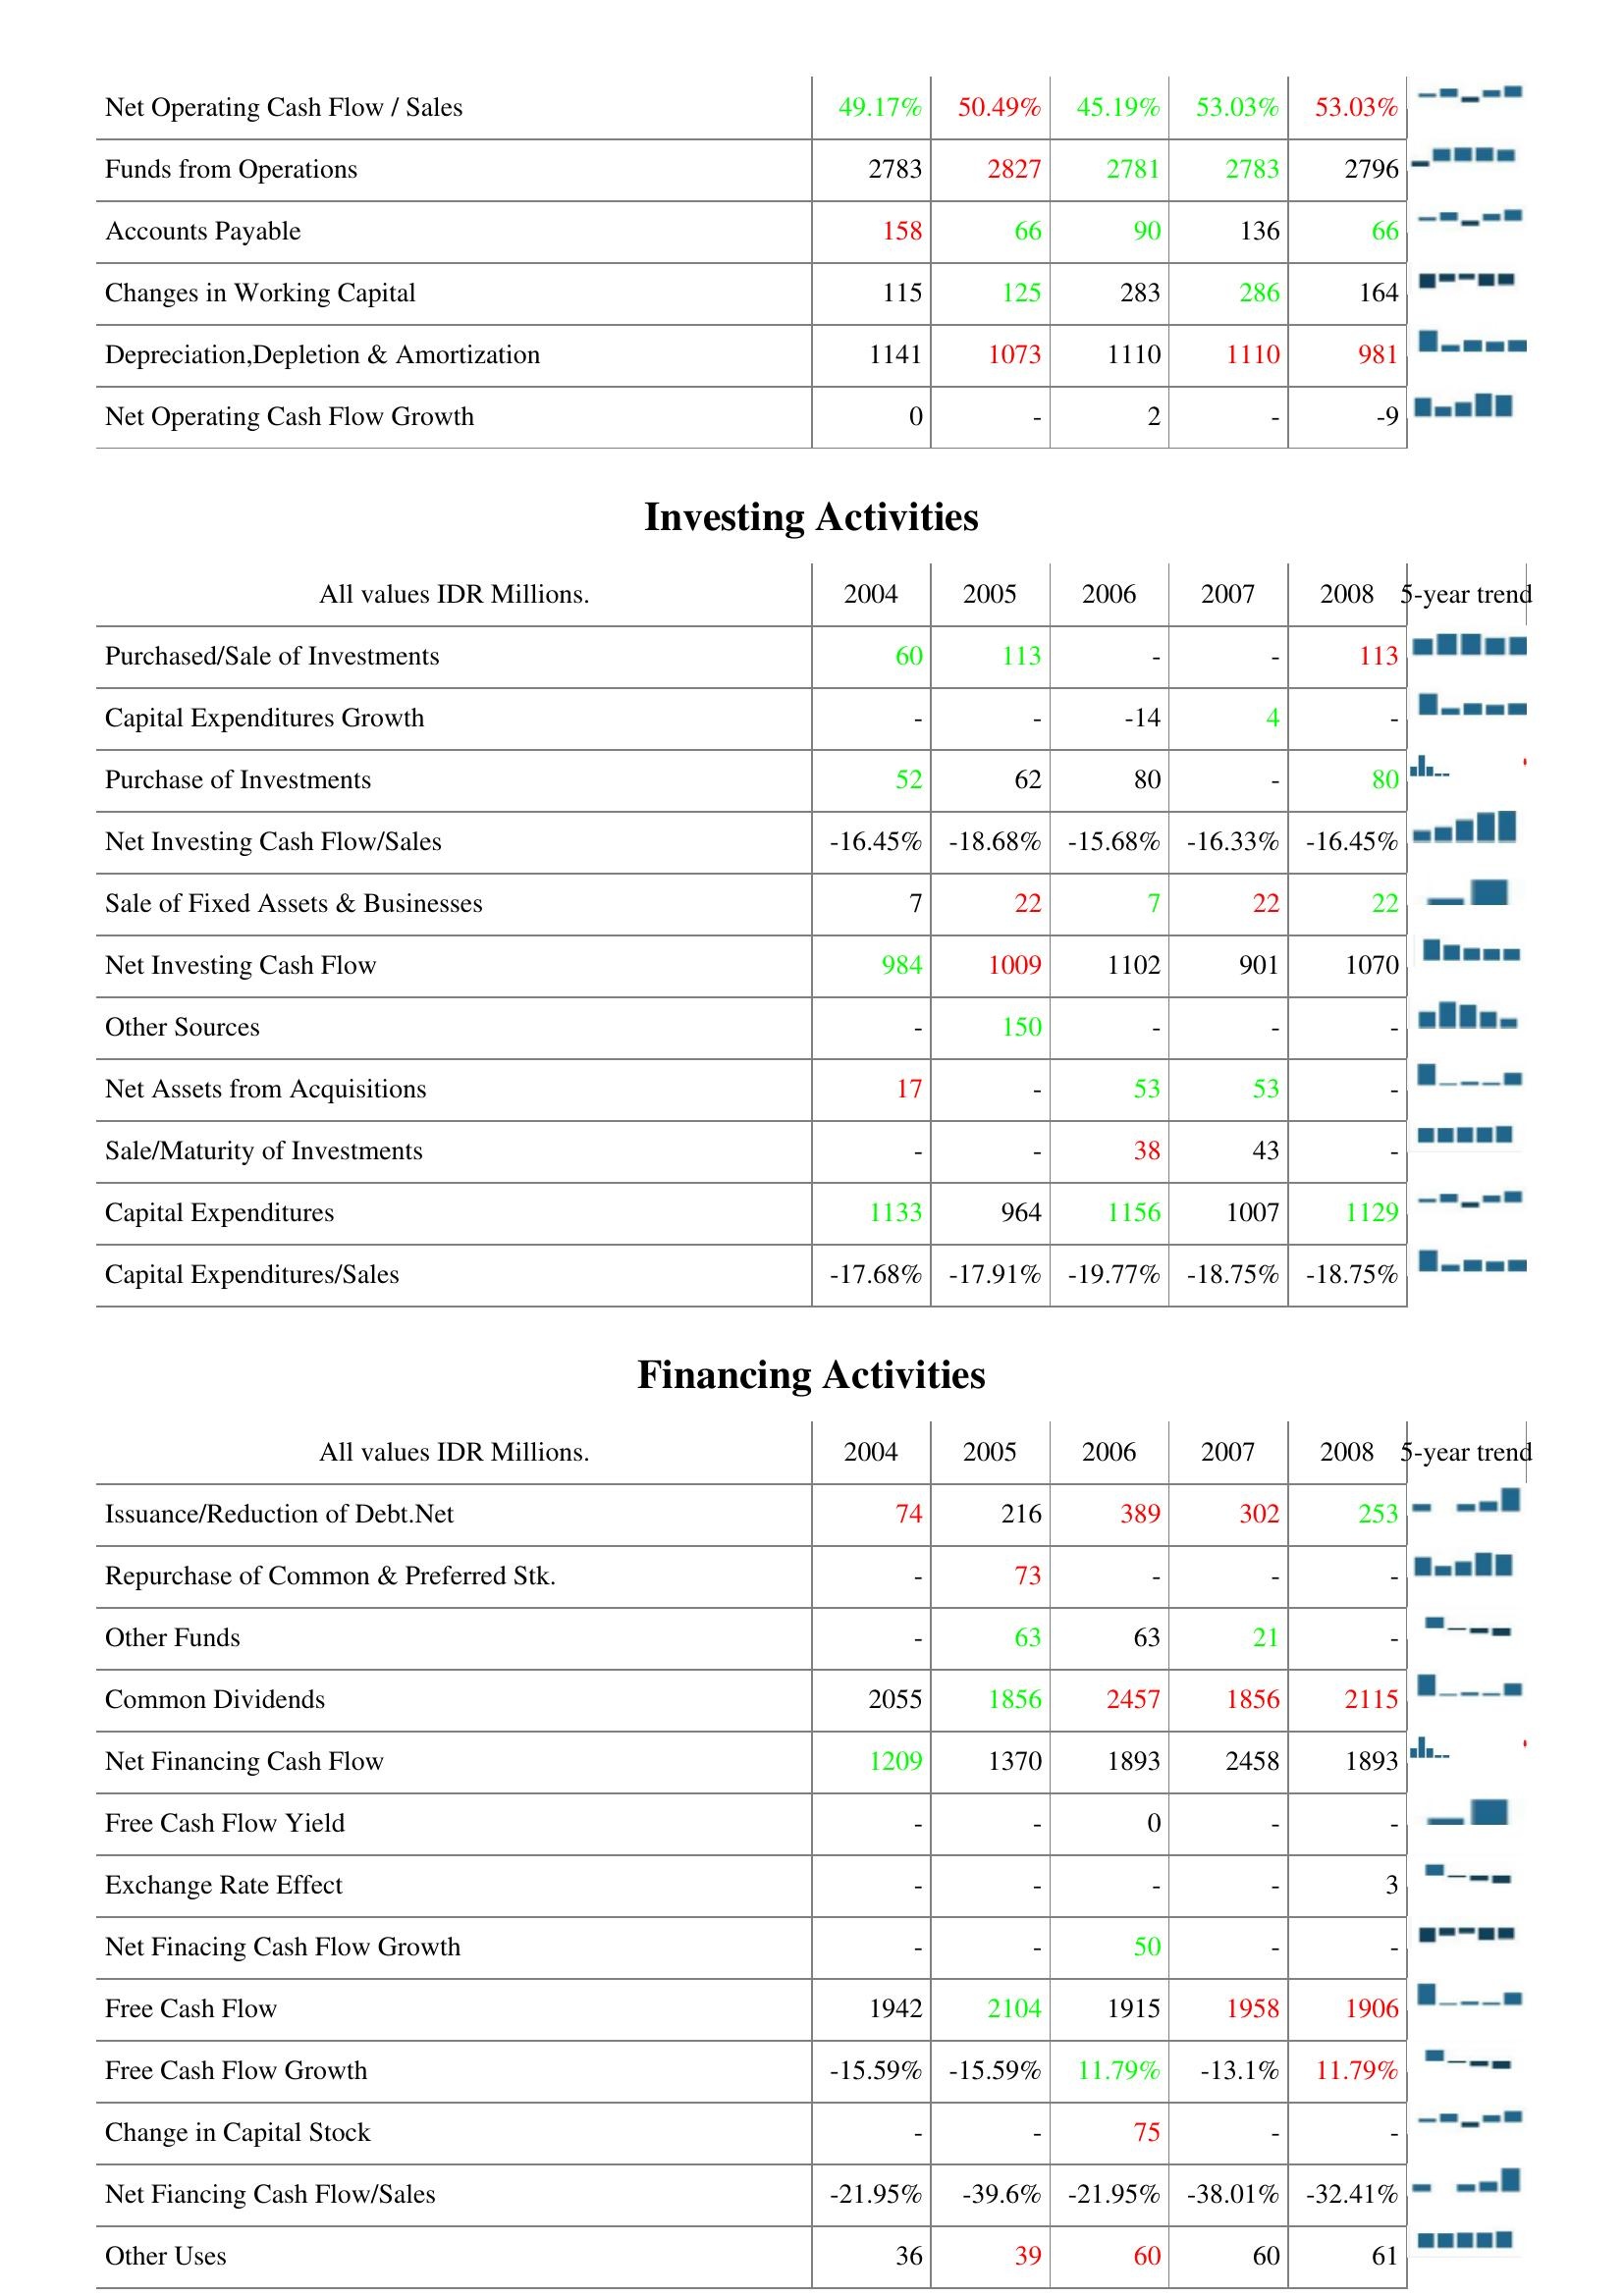
2004: Operating Activities: Net Operating Cash Flow / Sales: 49.17%
Funds from Operations: 2783
Accounts Payable: 158
Changes in Working Capital: 115
Depreciation,Depletion & Amortization: 1141
Net Operating Cash Flow Growth: 0
Investing Activities: Purchased/Sale of Investments: 60
Capital Expenditures Growth: -
Purchase of Investments: 52
Net Investing Cash Flow/Sales: -16.45%
Sale of Fixed Assets & Businesses: 7
Net Investing Cash Flow: 984
Other Sources: -
Net Assets from Acquisitions: 17
Sale/Maturity of Investments: -
Capital Expenditures: 1133
Capital Expenditures/Sales: -17.68%
Financing Activities: Issuance/Reduction of Debt.Net: 74
Repurchase of Common & Preferred Stk.: -
Other Funds: -
Common Dividends: 2055
Net Financing Cash Flow: 1209
Free Cash Flow Yield: -
Exchange Rate Effect: -
Net Finacing Cash Flow Growth: -
Free Cash Flow: 1942
Free Cash Flow Growth: -15.59%
Change in Capital Stock: -
Net Fiancing Cash Flow/Sales: -21.95%
Other Uses: 36
2005: Operating Activities: Net Operating Cash Flow / Sales: 50.49%
Funds from Operations: 2827
Accounts Payable: 66
Changes in Working Capital: 125
Depreciation,Depletion & Amortization: 1073
Net Operating Cash Flow Growth: -
Investing Activities: Purchased/Sale of Investments: 113
Capital Expenditures Growth: -
Purchase of Investments: 62
Net Investing Cash Flow/Sales: -18.68%
Sale of Fixed Assets & Businesses: 22
Net Investing Cash Flow: 1009
Other Sources: 150
Net Assets from Acquisitions: -
Sale/Maturity of Investments: -
Capital Expenditures: 964
Capital Expenditures/Sales: -17.91%
Financing Activities: Issuance/Reduction of Debt.Net: 216
Repurchase of Common & Preferred Stk.: 73
Other Funds: 63
Common Dividends: 1856
Net Financing Cash Flow: 1370
Free Cash Flow Yield: -
Exchange Rate Effect: -
Net Finacing Cash Flow Growth: -
Free Cash Flow: 2104
Free Cash Flow Growth: -15.59%
Change in Capital Stock: -
Net Fiancing Cash Flow/Sales: -39.6%
Other Uses: 39
2006: Operating Activities: Net Operating Cash Flow / Sales: 45.19%
Funds from Operations: 2781
Accounts Payable: 90
Changes in Working Capital: 283
Depreciation,Depletion & Amortization: 1110
Net Operating Cash Flow Growth: 2
Investing Activities: Purchased/Sale of Investments: -
Capital Expenditures Growth: -14
Purchase of Investments: 80
Net Investing Cash Flow/Sales: -15.68%
Sale of Fixed Assets & Businesses: 7
Net Investing Cash Flow: 1102
Other Sources: -
Net Assets from Acquisitions: 53
Sale/Maturity of Investments: 38
Capital Expenditures: 1156
Capital Expenditures/Sales: -19.77%
Financing Activities: Issuance/Reduction of Debt.Net: 389
Repurchase of Common & Preferred Stk.: -
Other Funds: 63
Common Dividends: 2457
Net Financing Cash Flow: 1893
Free Cash Flow Yield: 0
Exchange Rate Effect: -
Net Finacing Cash Flow Growth: 50
Free Cash Flow: 1915
Free Cash Flow Growth: 11.79%
Change in Capital Stock: 75
Net Fiancing Cash Flow/Sales: -21.95%
Other Uses: 60
2007: Operating Activities: Net Operating Cash Flow / Sales: 53.03%
Funds from Operations: 2783
Accounts Payable: 136
Changes in Working Capital: 286
Depreciation,Depletion & Amortization: 1110
Net Operating Cash Flow Growth: -
Investing Activities: Purchased/Sale of Investments: -
Capital Expenditures Growth: 4
Purchase of Investments: -
Net Investing Cash Flow/Sales: -16.33%
Sale of Fixed Assets & Businesses: 22
Net Investing Cash Flow: 901
Other Sources: -
Net Assets from Acquisitions: 53
Sale/Maturity of Investments: 43
Capital Expenditures: 1007
Capital Expenditures/Sales: -18.75%
Financing Activities: Issuance/Reduction of Debt.Net: 302
Repurchase of Common & Preferred Stk.: -
Other Funds: 21
Common Dividends: 1856
Net Financing Cash Flow: 2458
Free Cash Flow Yield: -
Exchange Rate Effect: -
Net Finacing Cash Flow Growth: -
Free Cash Flow: 1958
Free Cash Flow Growth: -13.1%
Change in Capital Stock: -
Net Fiancing Cash Flow/Sales: -38.01%
Other Uses: 60
2008: Operating Activities: Net Operating Cash Flow / Sales: 53.03%
Funds from Operations: 2796
Accounts Payable: 66
Changes in Working Capital: 164
Depreciation,Depletion & Amortization: 981
Net Operating Cash Flow Growth: -9
Investing Activities: Purchased/Sale of Investments: 113
Capital Expenditures Growth: -
Purchase of Investments: 80
Net Investing Cash Flow/Sales: -16.45%
Sale of Fixed Assets & Businesses: 22
Net Investing Cash Flow: 1070
Other Sources: -
Net Assets from Acquisitions: -
Sale/Maturity of Investments: -
Capital Expenditures: 1129
Capital Expenditures/Sales: -18.75%
Financing Activities: Issuance/Reduction of Debt.Net: 253
Repurchase of Common & Preferred Stk.: -
Other Funds: -
Common Dividends: 2115
Net Financing Cash Flow: 1893
Free Cash Flow Yield: -
Exchange Rate Effect: 3
Net Finacing Cash Flow Growth: -
Free Cash Flow: 1906
Free Cash Flow Growth: 11.79%
Change in Capital Stock: -
Net Fiancing Cash Flow/Sales: -32.41%
Other Uses: 61